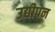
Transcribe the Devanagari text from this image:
उद्यीपन